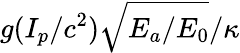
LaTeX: g(I_{p}/c^{2})\sqrt{E_{a}/E_{0}}/\kappa